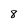
Character: 8